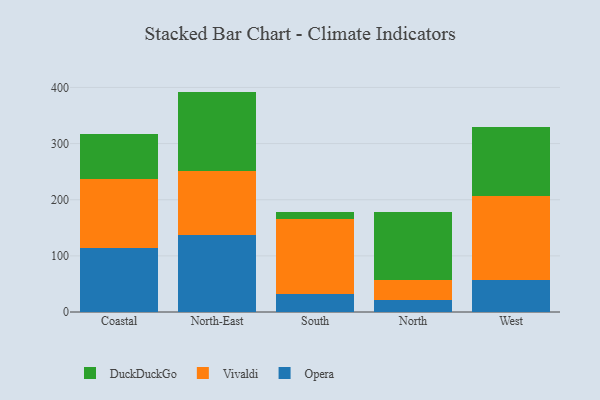
{"axis": {"x": "Region", "y": "Revenue (USD Million)"}, "legend": ["DuckDuckGo", "Opera", "Vivaldi"], "data": [{"x": "Coastal", "y": 114.8, "type": "Opera"}, {"x": "Coastal", "y": 122.2, "type": "Vivaldi"}, {"x": "Coastal", "y": 80.8, "type": "DuckDuckGo"}, {"x": "North-East", "y": 137.1, "type": "Opera"}, {"x": "North-East", "y": 114.1, "type": "Vivaldi"}, {"x": "North-East", "y": 141.4, "type": "DuckDuckGo"}, {"x": "South", "y": 32.3, "type": "Opera"}, {"x": "South", "y": 132.7, "type": "Vivaldi"}, {"x": "South", "y": 12.6, "type": "DuckDuckGo"}, {"x": "North", "y": 20.9, "type": "Opera"}, {"x": "North", "y": 36.3, "type": "Vivaldi"}, {"x": "North", "y": 121.5, "type": "DuckDuckGo"}, {"x": "West", "y": 57.7, "type": "Opera"}, {"x": "West", "y": 148.6, "type": "Vivaldi"}, {"x": "West", "y": 124.1, "type": "DuckDuckGo"}]}